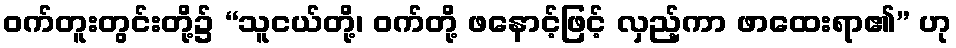
ဝက်တူးတွင်းတို့၌ “သူငယ်တို့၊ ဝက်တို့ ဖနောင့်ဖြင့် လှည့်ကာ ဖာထေးရာ၏” ဟု